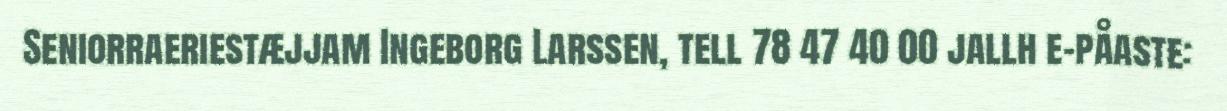
Seniorraeriestæjjam Ingeborg Larssen, tell 78 47 40 00 jallh e-påaste: